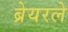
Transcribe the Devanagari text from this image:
ब्रेयरले